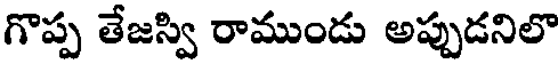
గొప్ప తేజస్వి రాముండు అప్పుడనిలొ